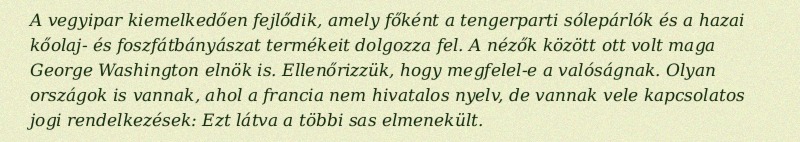
A vegyipar kiemelkedően fejlődik, amely főként a tengerparti sólepárlók és a hazai kőolaj- és foszfátbányászat termékeit dolgozza fel. A nézők között ott volt maga George Washington elnök is. Ellenőrizzük, hogy megfelel-e a valóságnak. Olyan országok is vannak, ahol a francia nem hivatalos nyelv, de vannak vele kapcsolatos jogi rendelkezések: Ezt látva a többi sas elmenekült.